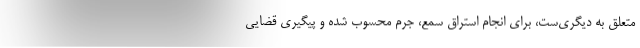
متعلق به دیگری‌ست، برای انجام استراق سمع، جرم محسوب شده و پیگیری قضایی